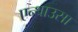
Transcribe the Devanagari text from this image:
एन्थाउसा